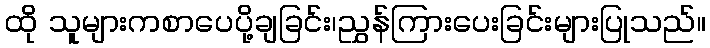
ထို သူများကစာပေပို့ချခြင်း၊ညွှန်ကြားပေးခြင်းများပြုသည်။